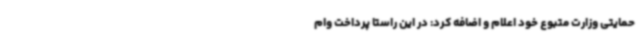
حمایتی وزارت متبوع خود اعلام و اضافه کرد: در این راستا پرداخت وام